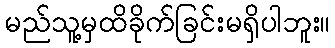
မည်သူ့မှထိခိုက်ခြင်းမရှိပါဘူး။